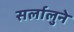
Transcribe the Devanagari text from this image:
सर्लालुने